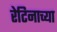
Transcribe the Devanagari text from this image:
रेटिनाच्या